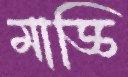
মাড্ডি